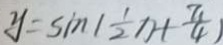
y = \sin ( \frac { 1 } { 2 } x + \frac { \pi } { 4 } )